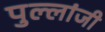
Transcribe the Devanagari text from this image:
पुल्लांजी